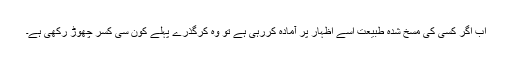
اب اگر کسی کی مسخ شدہ طبیعت اسے اظہار پر آمادہ کررہی ہے تو وہ کرگذرے پہلے کون سی کسر چھوڑ رکھی ہے۔